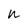
Character: n